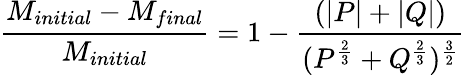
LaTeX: {\frac{M_{initial}-M_{final}}{M_{initial}}}=1-{\frac{(|P|+|Q|)}{(P^{\frac{2}{3}}+Q^{\frac{2}{3}})^{\frac{3}{2}}}}